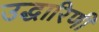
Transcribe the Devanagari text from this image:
उद्धारिणी